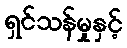
ရှင်သန်မှုနှင့်